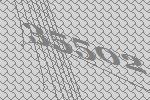
35502